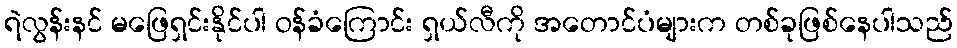
ရဲလွန်းနင် မဖြေရှင်းနိုင်ပါ ဝန်ခံကြောင်း ရှယ်လီကို အတောင်ပံများက တစ်ခုဖြစ်နေပါသည်